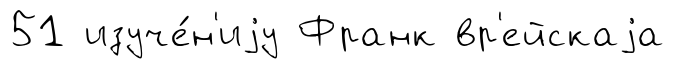
51 изуче́н'иjу Франк вр'ейскаjа